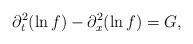
LaTeX: \begin{align*} \partial_{t}^2(\ln f)- \partial_{x}^2(\ln f) = G,\end{align*}